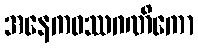
အနေကဝဿဂဏိကော